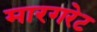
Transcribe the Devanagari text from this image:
मारगरेट